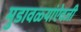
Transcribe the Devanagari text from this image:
मुडावळ्यांऐवजी